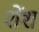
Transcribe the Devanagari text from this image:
शेंश